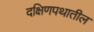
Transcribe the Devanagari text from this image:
दक्षिणपथातील